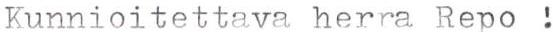
Kunnioitettava herra Repo !